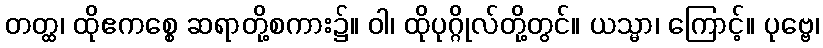
တတ္ထ၊ ထိုဧကစ္စေ ဆရာတို့စကား၌။ ဝါ၊ ထိုပုဂ္ဂိုလ်တို့တွင်။ ယသ္မာ၊ ကြောင့်။ ပုဗ္ဗေ၊